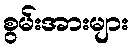
စွမ်းအားများ